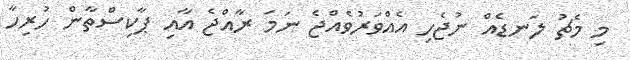
މި މެޗު ލަނޑެއް ނުޖެހި އެއްވަރުވެއްޖެ ނަމަ ރާއްޖެ އާއި ޕާކިސްތާން ހުރިހާ